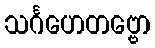
သင်္ဂဟေတဗ္ဗော